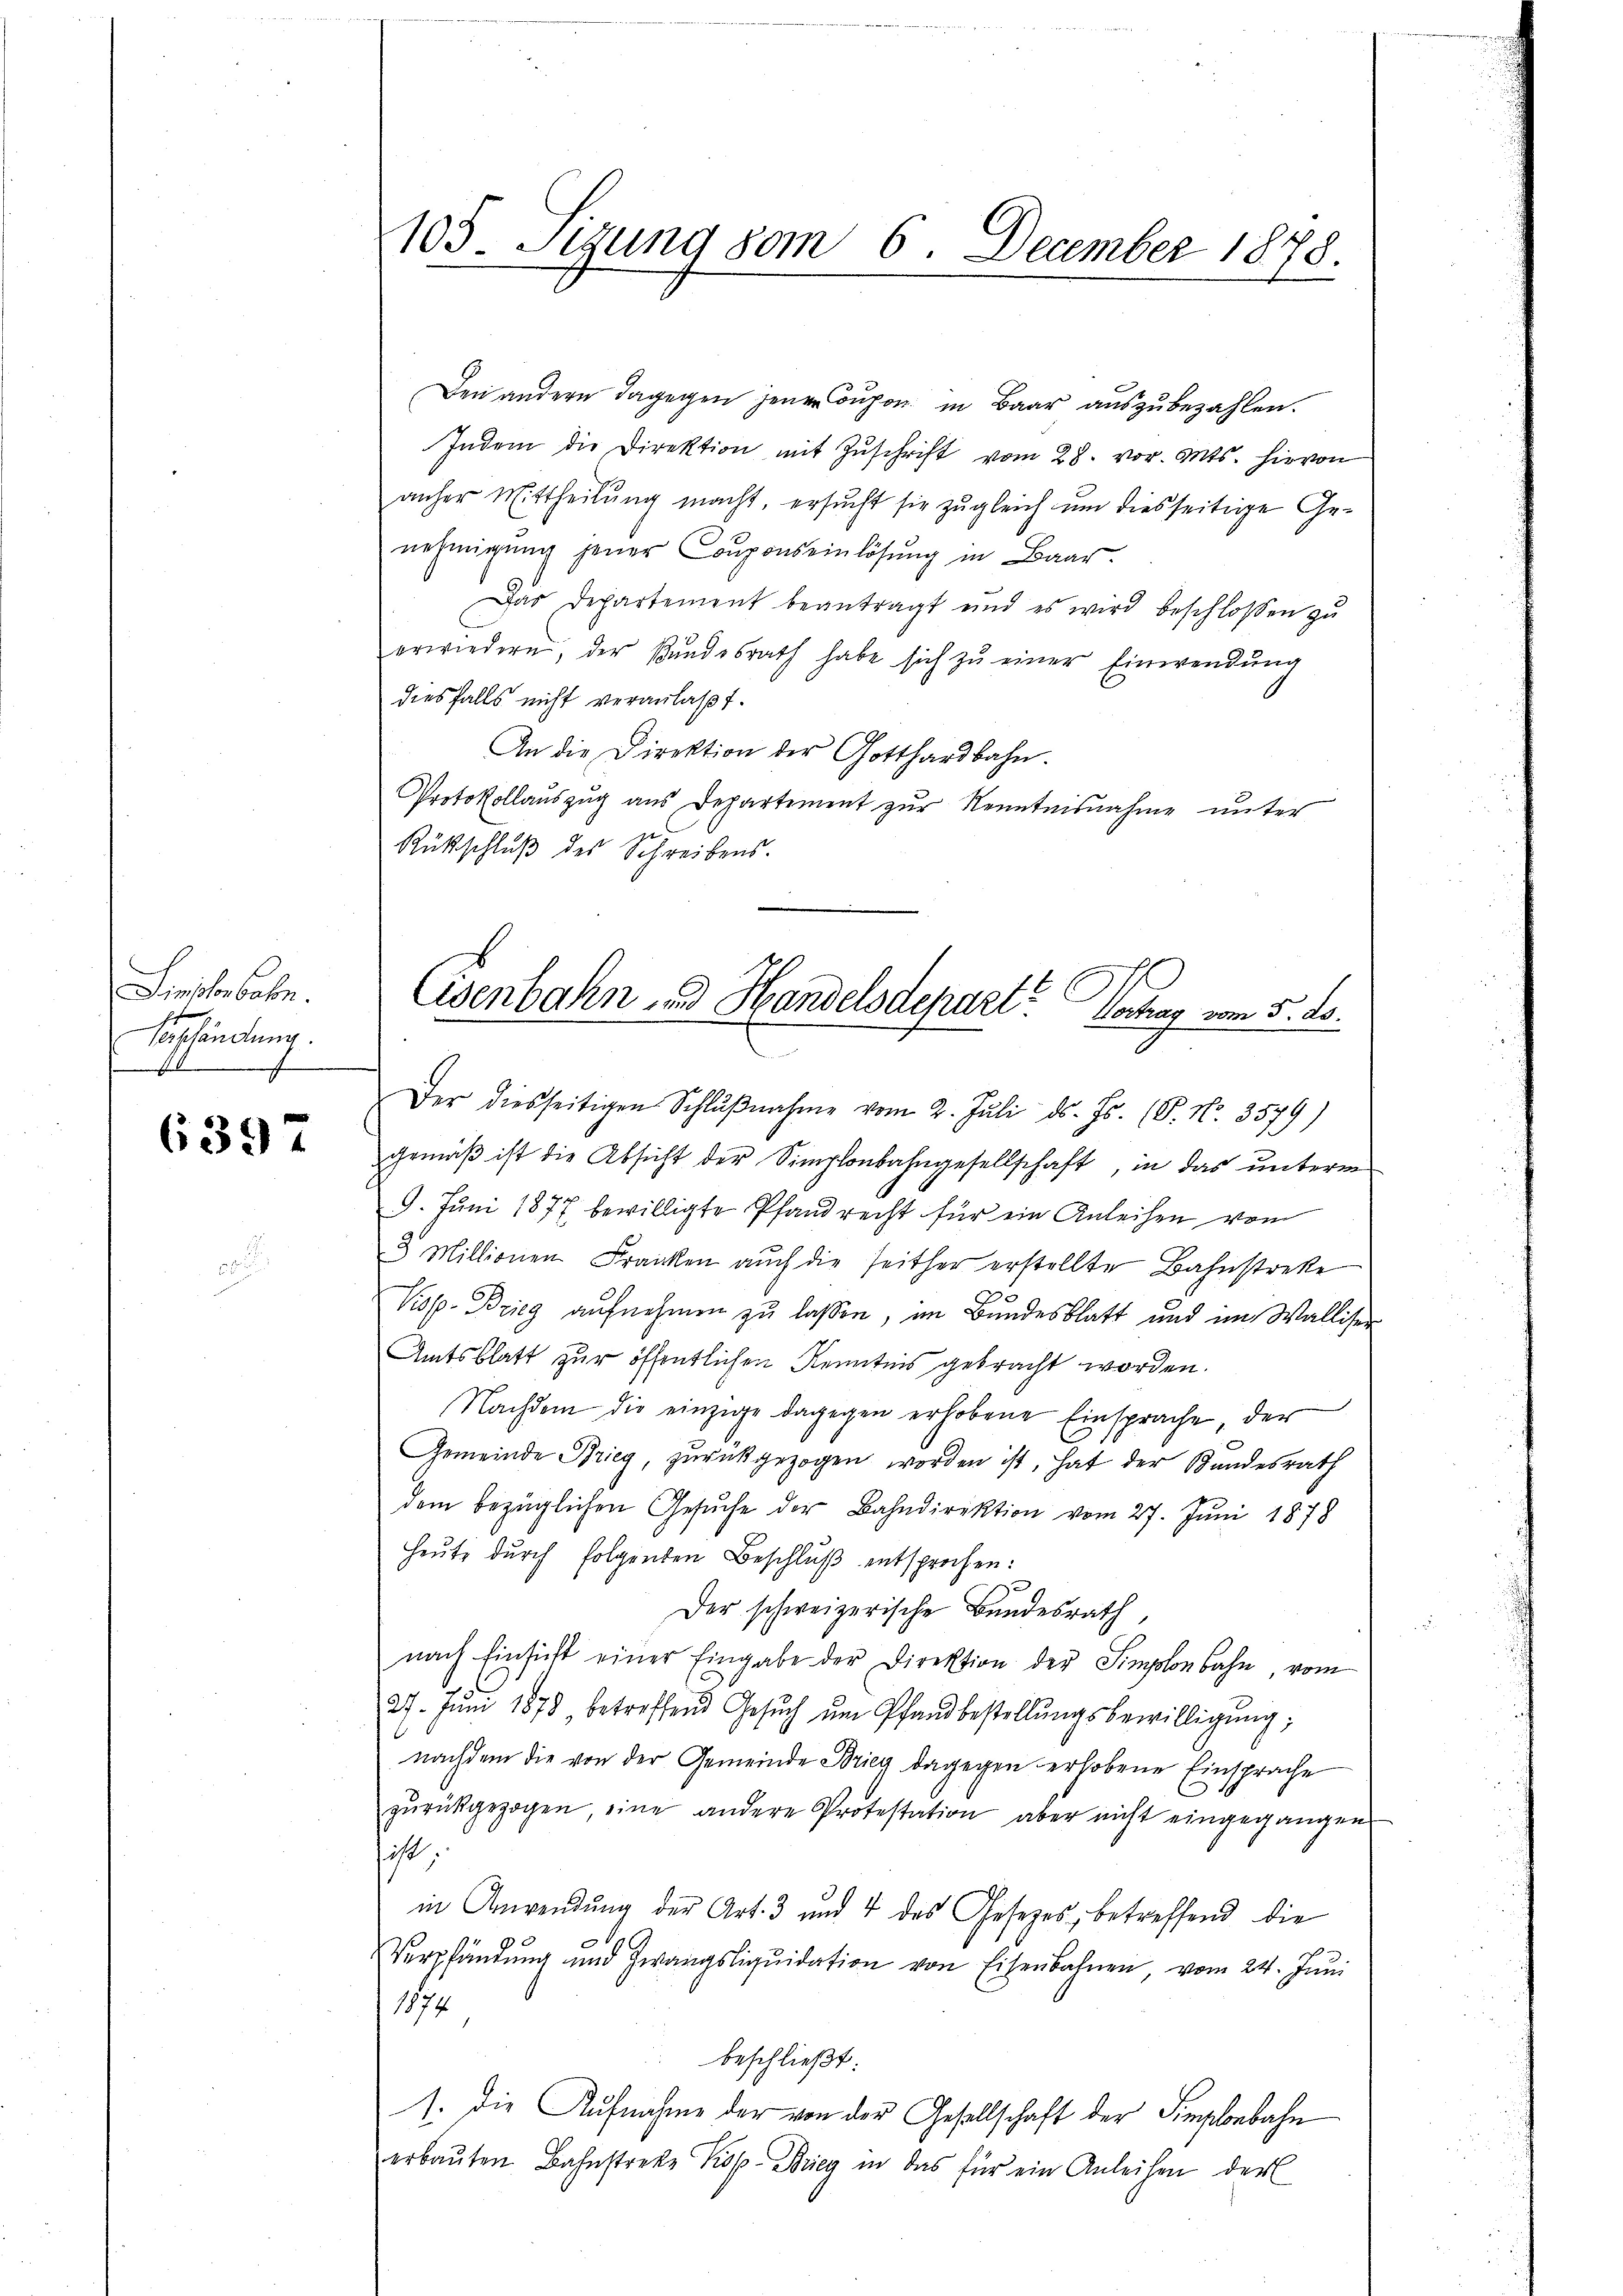
Linschenbahn.
Beschändung.

6397

Den andern dagegen jenen Dupon in Baar auszubezahlen.
Indem die Direktion mit Zŭschrift vom 28. vor. Mts. hievon
anher Mittheilung macht, ersucht sie zugleich um diesseitige Genehmigŭng jener Couponseinlösung in Baar.
Das Departement beantragt und es wird beschlossen zŭ
erwiedern, der Bundesrath habe sich zŭ einer Einwendŭng
diesfalls nicht veranlaßt.
An die Direktion der Gotthardbahn.
Protokollauszug aus Departement zur Kenntnisnahme unter
Rückschluß des Schreibens.

108. Sitzung vom 6. December 1878.

Eisenbahn und Handelsdepart Hochag vom 5. ds.

Der diesseitigen Schlŭβnahme vom 2. Jŭli d. Js. (T. No. 3579)
gemäß ist die Absicht der Simplonbahngesellschaft, in das unterm
9. Juni 1877 bewilligte Pfandrecht für ein Anleihen vom
3 Millionen Franken aŭch die seither erstellte Bahnstreke
Kiss. Brieg aufnehmen zu lassen, im Bundesblatt und im Walliser
Amtsblatt zur öffentlichen Kenntnis gebracht worden.
Nachdem die einzige dagegen erhobene Einsprache, der
Gemeinde Krieg, zurückgezogen worden ist, hat der Bundesrath
dem bezüglichen Gesŭche der Bahndirektion vom 27. Jŭni 1878
Heute durch folgenden Beschluß entsprochen:
Der schweizerische Bundesrath,
nach Einsicht einer Eingabe der Direktion der Simplonbahn vom
27. Jŭni 1878 betreffend Gesŭch ŭm Pfandbestellŭngsbewilligŭng,
nachdem die von der Gemeinde Brieg dagegen erhobene Einsprache
zŭrückgezogen, eine andere Protestation aber nicht eingegangen
sicht,
in Anwendung der Art. 3 und 4 des Gesetzes, betreffend die
Verpfändung und Zwangsliqŭidation von Eisenbahnen, vom 24. Jŭni
1874
beschließt:
1. Die Aufnahme der von der Gesellschaft der Fingbebahn
erbaŭten Bahnstreke Kop. Brieg in das für ein Anleihen der